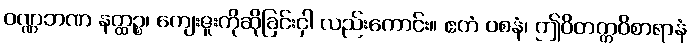
ဝဏ္ဏဘဏ နတ္ထဉ္စ၊ ကျေးဇူးကိုဆိုခြင်းငှါ လည်းကောင်း။ ဧတံ ဝစနံ၊ ဤဝိတက္ကဝိစာရာနံ